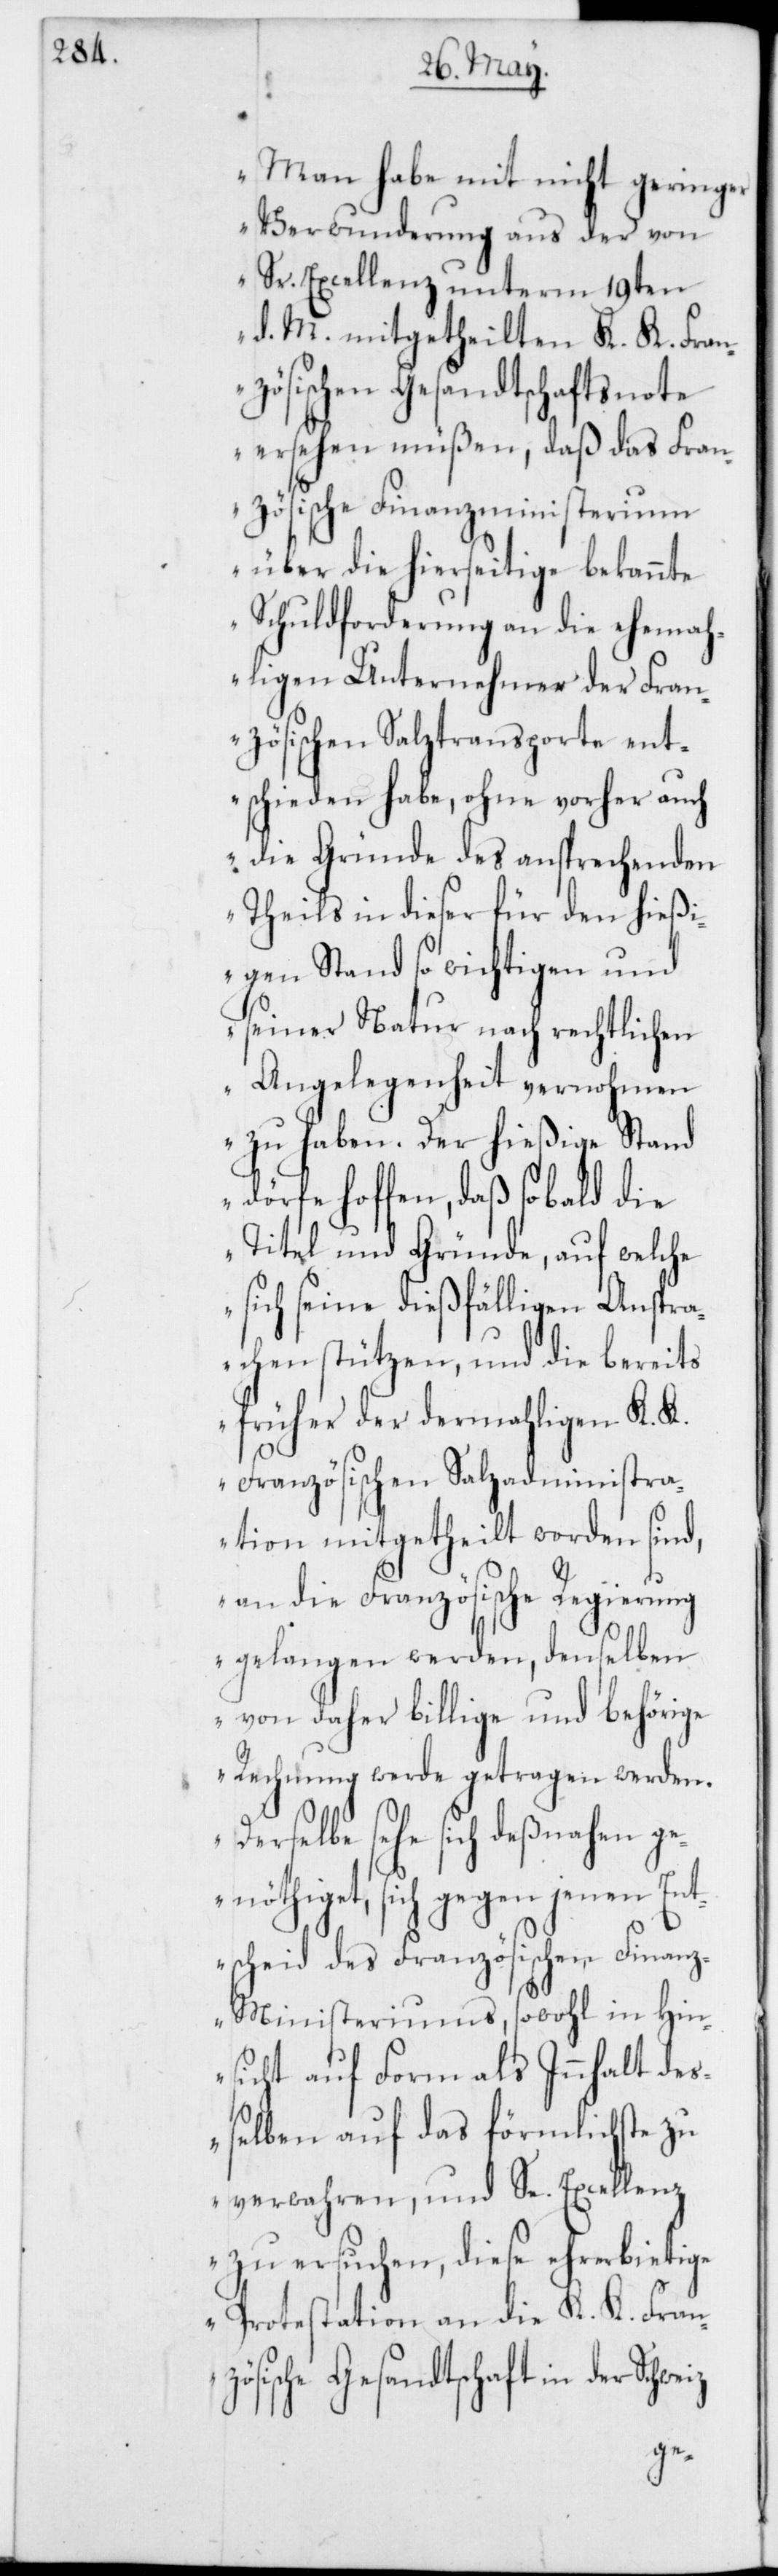
„Man habe mit nicht geringer
Verwunderung aus der von
Sr. Excellenz unterm 19ten
d. M. mitgetheilten K. K. Fran¬
zösischen Gesandtschaftsnote
ersehen müßen, daß das Fran¬
zösische Finanzministerium
über die hierseitig bekannte
Schuldforderung an die ehemah¬
ligen Unternehmer der Fran¬
zösischen Salztransporte ent¬
schieden habe, ohne vorher auch
die Gründe des ansprechenden
Theils in dieser für den hießi¬
gen Stand so wichtigen und
seiner Natur nach rechtlichen
Angelegenheit vernohmen
zu haben. Der hießige Stand
dörfe hoffen, daß sobald die
Titel und Gründe, auf welche
sich seine dießfälligen Anspra¬
chen stützen, und die bereits
früher der dermahligen K. K.
Französischen Salzadministra¬
tion mitgetheilt worden sind,
an die Französische Regierung
gelangen werden, denselben
von daher billige und behörige
Rechnung werde getragen werden.
Derselbe sehe sich deßnahen g¬
enöthiget, sich gegen jenen Ent¬
scheid des Französischen Finanz¬
ministeriums, sowohl in Hin¬
sicht auf Form als Innhalt deß¬
elben auf das förmlichste zu
verwahren, und Se. Excellenz
zu ersuchen, diese ehrerbietige
Protestation an die K. K. Franz¬
ösische Gesandtschaft in der